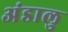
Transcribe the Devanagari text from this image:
अंडालु